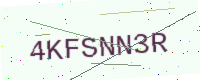
Text: 4KFSNN3R